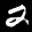
Digit: 7